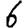
Digit: 6